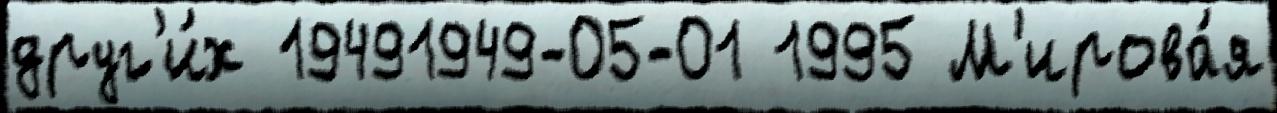
друг'и́х 19491949-05-01 1995 М'ирова́я